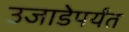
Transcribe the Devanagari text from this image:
उजाडेपर्यंत